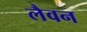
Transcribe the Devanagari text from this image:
लैवन